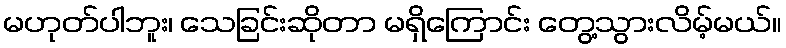
မဟုတ်ပါဘူး၊ သေခြင်းဆိုတာ မရှိကြောင်း တွေ့သွားလိမ့်မယ်။